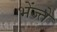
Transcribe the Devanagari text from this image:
भेंज्ते